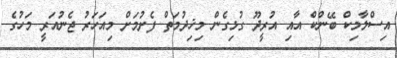
އިސްލާމިކް ބޭންކް އާއި އުރީދޫ ގުޅިގެން މިޚިދުމަތް ފެށުމަށް މިއަހަރު ޖެނުއަރީ މަހުގެ